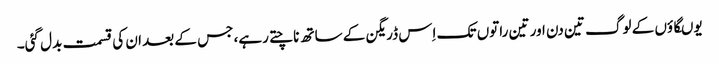
یوںگاؤں کے لوگ تین دن اور تین راتوں تک اِس ڈریگن کے ساتھ ناچتے رہے، جس کے بعد ان کی قسمت بدل گئی۔